Lunatic asylums Punjab 1895-1910 - 1895-1910
Year: 1895
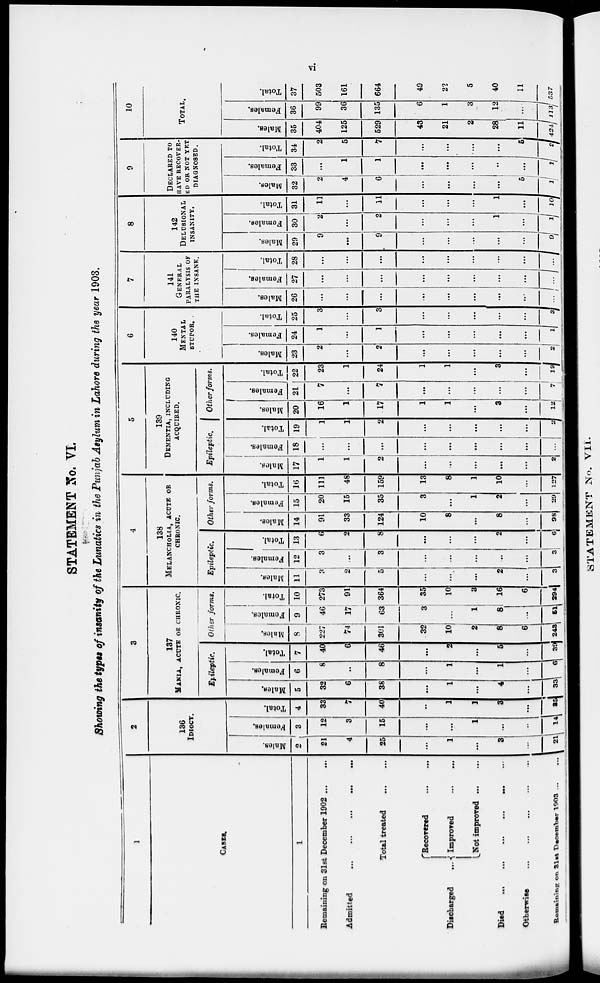
vi
STATEMENT No. VI.
Showing the types of insanity of the Lunatics in the Punjab Asylum in Lahore during the year 1903.
1
CASES
1
Remaining on 31st December 1902 ... ...
Admitted
...
...
...
...
...
Total treated
...
...
Discharged ...
Recovered
...
...
Improved
...
...
Not improved
...
...
Died
...
...
...
...
...
...
Otherwise
...
...
...
...
...
Remaining on 31st December 1903 ... ...
2
136
IDIOCY.
Males.
2
21
4
25
...
1
...
3
...
21
Females.
3
12
3
15
...
...
1
...
...
14
Total.
4
33
7
40
...
1
1
3
...
35
3
137
MANIA, ACUTE OR CHRONIC.
Epileptic.
Males.
5
32
6
38
...
1
...
4
...
33
Females.
6
8
...
8
...
1
...
1
...
6
Total.
7
40
6
46
...
2
...
5
...
39
Other forms.
Males.
8
227
74
301
32
10
2
8
6
243
Females.
9
46
17
63
3
...
1
8
...
51
Total.
10
273
91
364
35
10
3
16
6
294
4
138
MALANCHOLIA, ACUTE OR
CHRONIC.
Epileptic.
Males.
11
3
2
5
...
...
...
2
...
3
Females.
12
3
...
3
...
...
...
...
...
3
Total.
13
6
2
8
...
...
...
2
...
6
Other forms.
Males.
14
91
33
124
10
8
...
8
...
98
Females.
15
20
15
35
3
...
1
2
...
29
Total.
16
111
48
159
13
8
1
10
...
127
5
139
DEMENTIA, INCLUDING
ACQURED.
Epileptic.
Males.
17
1
1
2
...
...
...
...
...
2
Females.
18
...
...
...
...
...
...
...
...
...
Total.
19
1
1
2
...
...
...
...
... 2
Other forms.
Males.
20
16
1
17
1
1
...
3
12
Females.
21
7
...
7
...
...
...
...
...
7
Total.
22
23
1
24
1
1
...
3
...
19
6
140
MENTAL
STUPOR.
Males.
23
2
...
2
...
...
...
...
...
2
Females.
24
1
...
1
...
...
...
...
...
1
Total.
25
3
...
3
...
...
...
...
3
7
141
GENERAL
PARALYSIS OF
THE INSANE.
Males.
26
...
...
...
...
...
...
...
...
Females.
27
...
...
...
...
...
...
...
...
...
Total.
28
...
...
...
...
...
...
...
...
...
8
142
DELUSIONAL
INSANITY.
Males.
29
9
...
9
...
...
...
...
...
9
Females.
30
2
...
2
...
...
...
1
...
1
Total.
31
11
...
11
...
...
...
1
...
10
9
DECLARED TO
HAVE RECOVER-
-- OR NOT YET
DIAGNOSED.
Males.
32
2
4
6
...
...
...
...
5
1
Females.
33
...
1
1
...
...
...
...
...
1
Total.
34
2
5
7
...
...
...
...
5
2
10
TOTAL.
Males.
35
404
125
529
43
21
2
28
11
424
Females.
36
99
36
135
6
1
3
12
...
113
Total.
37
503
161
664
49
22
5
40
11
537